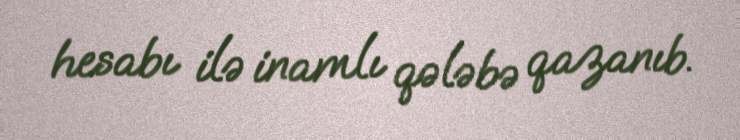
hesabı ilə inamlı qələbə qazanıb.